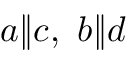
a \rVert c , \ b \rVert d